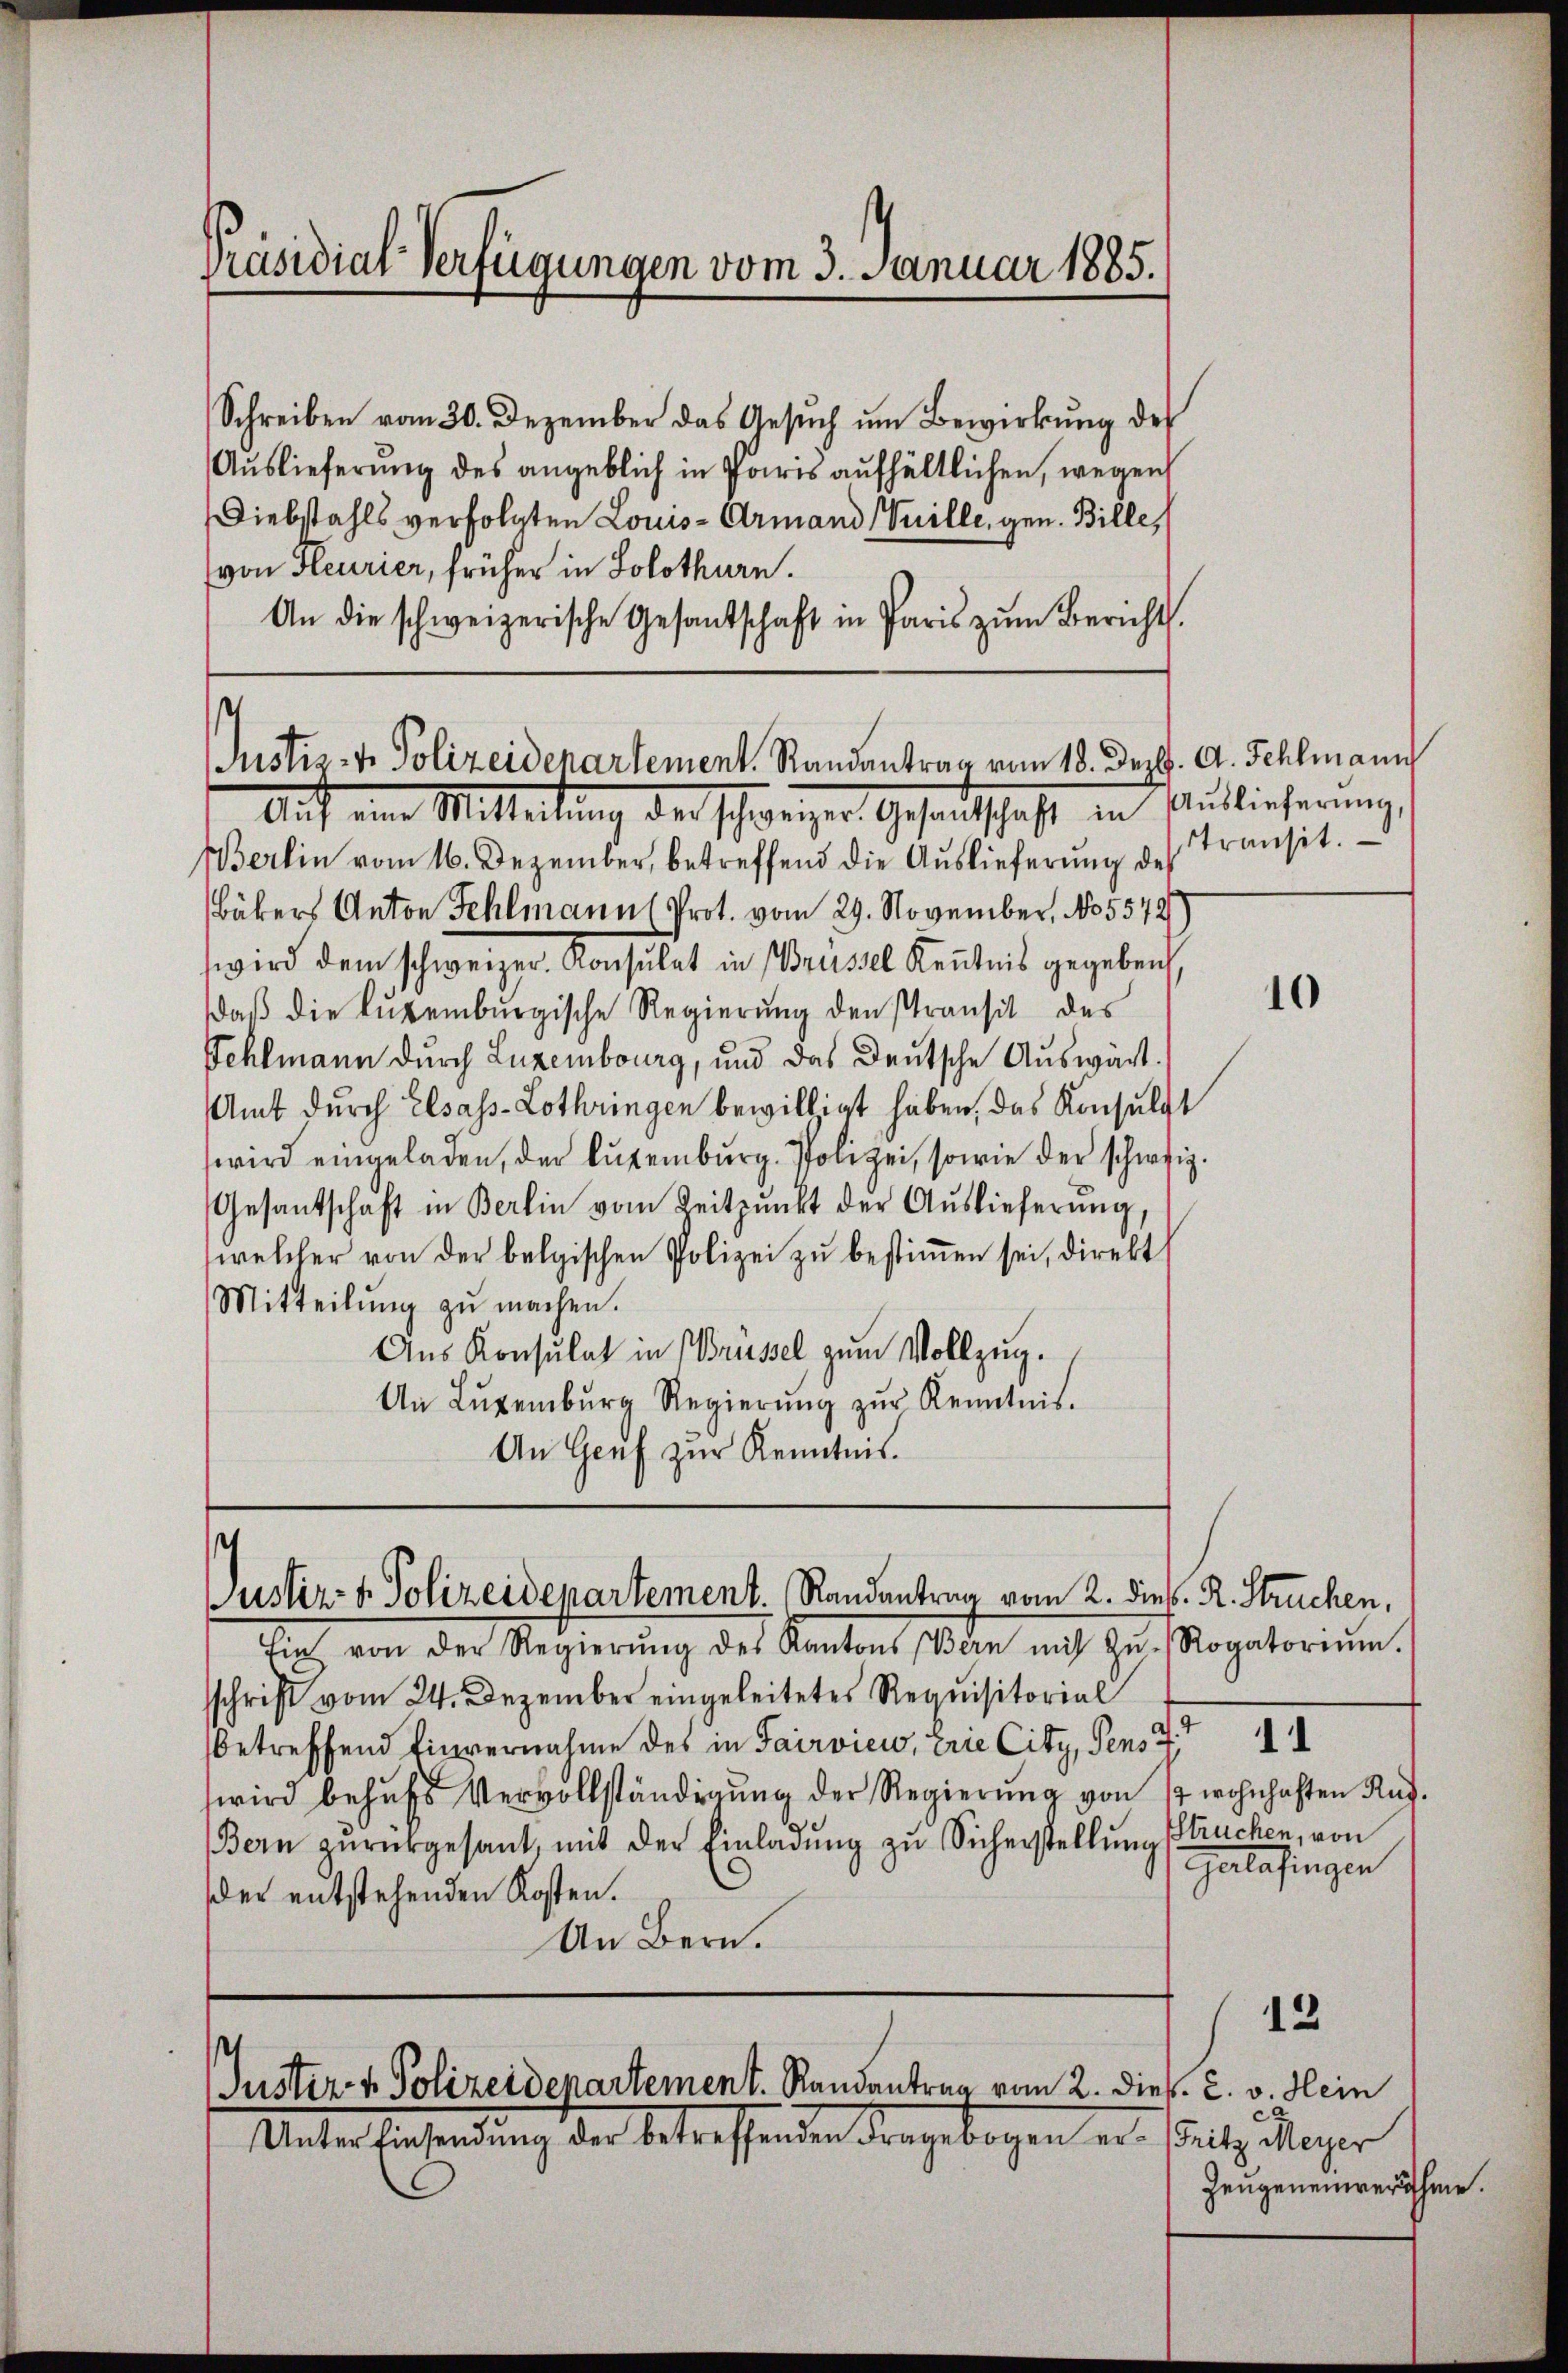
Präsidial-Verfügungen vom 3. Januar 1885.

Schreiben vom 30. Dezember das Gesŭch ŭm Bewirkung des
Auslieferung des angeblich in Paris aufhältlichen, wegen
Diebstahls verfolgten Louis-Armand (Tuille, gen. Bille,
(von Heurier, früher in Solothurn.
An die schweizerische Gesantschaft in Paris zŭm Bericht.

.
Justiz- & Polizeidenartement. Randantrag vom 18. Dez. A. Fehlmann
Auf eine Mitteilung der schweizer Gesandtschaft in Auslieferung

Berlin vom 16. Dezember, betreffend die Auslieferung des
Bäkers Anton Fehlmann (Prot. vom 29. November, No. 5572
wird dem schweizer. Konsulat in Brüssel Kenntnis gegeben
daβ die Luxenburgische Regierung den Pransit des
Fehlmann durch Luzembourg, und das Deutsche Auswärt
Amt durch Elsass-Lothringen bewilligt haben, das Konsult
wird eingeladen, der Luxenburg. Polizei, sowie der schweiz.
Gesantschaft in Berlin vom Zeitpunkt der Auslieferŭng,
welcher von der belgischen Polizei zŭ bestiṁen sei, direkt
Mitteilŭng zŭ machen.
Aŭs Konsulat in Brüssel zŭm Vollzŭg.
An Lŭzenbŭrg Regierŭng zŭr Kenntnis.
An Genf zur Kenntnis.

t
Justiz- & Polizeidepartement. Randantrag vom 2. dies. R. Struchen,

Tieh von der Regierŭng des Kantons Bern mit Hr. Rogatoriŭm.
sschrift vom 24. Dezember eingeleitetes Requisitorial
betreffend Einvernahme des in Sairview, Erie City, Pens 4
wird behufs Vervollständigung der Regierung von 17 wohnhaften Ruf¬
Bern zŭrückgesant, mit der Einladŭng zu Sicherstellung (Truchen, von
e
der entstehenden Kosten.
An Bern.

Justiz- & Polizeidepartement. Randantrag vom 2. Dieb. 2. v. Hein
Unter Einsendung der betreffenden Fragebogen er- Putz Meyer

transit.

10

11

Galafingen

12

Zeugeneinverähme.